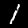
Digit: 1